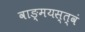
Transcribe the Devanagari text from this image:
वाङ्‌मयस्त्वं